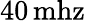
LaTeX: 40\, \mathrm{mhz}